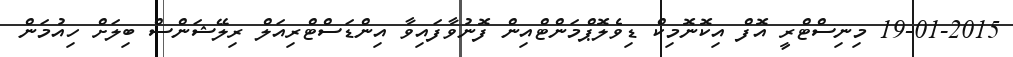
19-01-2015 މިނިސްޓްރީ އޮފް އިކޮނޮމިކް ޑިވެލޮޕްމަންޓްއިން ފޮނުވާފައިވާ އިންޑަސްޓްރިއަލް ރިލޭޝަންސް ބިލަށް ހިއުމަން